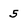
Character: 5